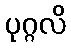
ပုဂ္ဂလိ